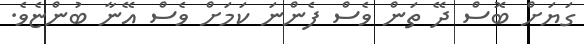
ގަޔަށް ބޮސް ދޭ ތަން ވެސް ފެންނަ ކަމަށް ވެސް އޭނާ ބުންޏެވެ.